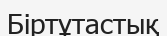
Біртұтастық